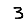
Digit: 3